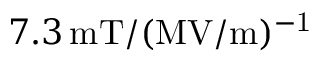
7 . 3 \, \mathrm { m T / ( M V / m ) ^ { - 1 } }